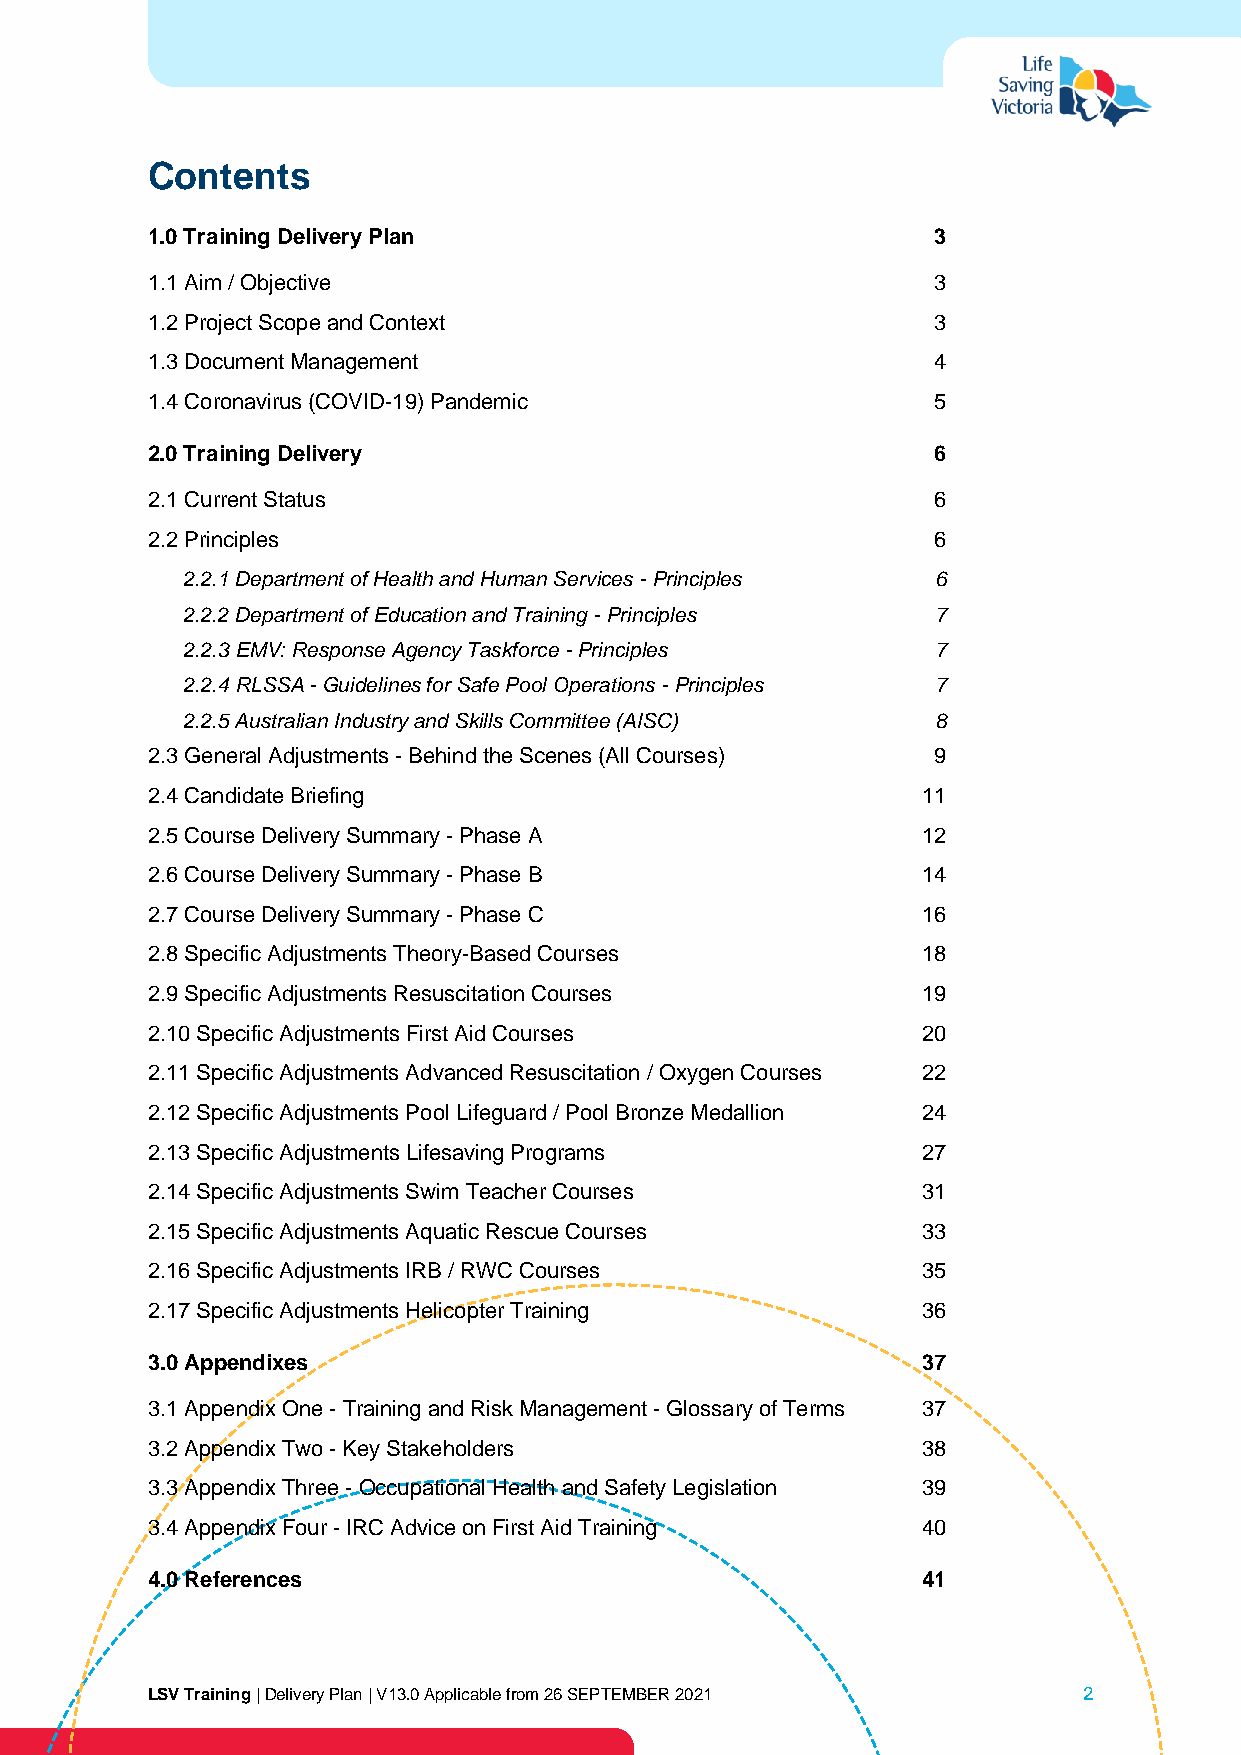
Contents
 1.0 Training Delivery Plan                          3
 1.1 Aim / Objective                                 3
 1.2 Project Scope and Context                       3
 1.3 Document Management                             4
 1.4 Coronavirus (COVID-19) Pandemic                 5
 2.0 Training Delivery                               6
 2.1 Current Status                                  6
 2.2 Principles                                      6
 2.2.1 Department of Health and Human Services - Principles 6
 2.2.2 Department of Education and Training - Principles 7
 2.2.3 EMV: Response Agency Taskforce - Principles 7
 2.2.4 RLSSA - Guidelines for Safe Pool Operations - Principles 7
 2.2.5 Australian Industry and Skills Committee (AISC) 8
 2.3 General Adjustments - Behind the Scenes (All Courses) 9
 2.4 Candidate Briefing                             11
 2.5 Course Delivery Summary - Phase A              12
 2.6 Course Delivery Summary - Phase B              14
 2.7 Course Delivery Summary - Phase C              16
 2.8 Specific Adjustments Theory-Based Courses      18
 2.9 Specific Adjustments Resuscitation Courses     19
 2.10 Specific Adjustments First Aid Courses        20
 2.11 Specific Adjustments Advanced Resuscitation / Oxygen Courses 22
 2.12 Specific Adjustments Pool Lifeguard / Pool Bronze Medallion 24
 2.13 Specific Adjustments Lifesaving Programs      27
 2.14 Specific Adjustments Swim Teacher Courses     31
 2.15 Specific Adjustments Aquatic Rescue Courses   33
 2.16 Specific Adjustments IRB / RWC Courses        35
 2.17 Specific Adjustments Helicopter Training      36
 3.0 Appendixes                                     37
 3.1 Appendix One - Training and Risk Management - Glossary of Terms 37
 3.2 Appendix Two - Key Stakeholders                38
 3.3 Appendix Three - Occupational Health and Safety Legislation 39
 3.4 Appendix Four - IRC Advice on First Aid Training 40
 4.0 References                                     41
 LSV Training | Delivery Plan | V13.0 Applicable from 26 SEPTEMBER 2021 2